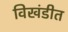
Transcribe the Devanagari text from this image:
विखंडीत